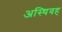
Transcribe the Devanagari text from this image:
अस्थिवह